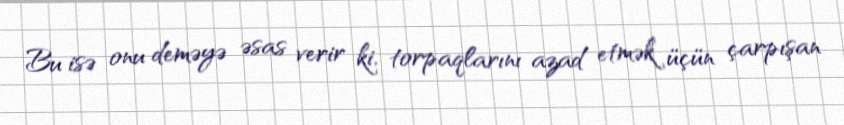
Bu isə onu deməyə əsas verir ki, torpaqlarını azad etmək üçün çarpışan